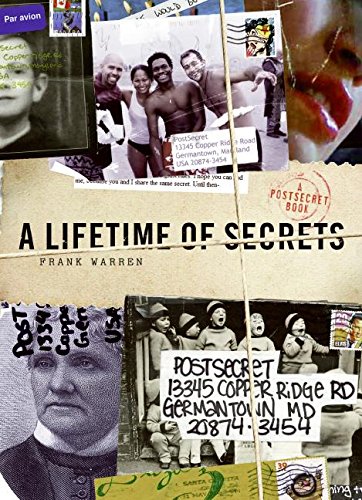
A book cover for A Lifetime of Secrets: A PostSecret Book; Frank Warren; Arts & Photography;